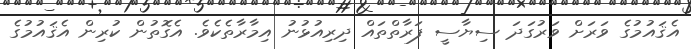
އެޤައުމުގެ ވަރަށް ވަރުގަދަ ސިޔާސީ ފަރާތްތައް ދިރިއުޅުނު އިމާރާތެކެވެ. އެގޮތުން ކުރިން އެޤައުމުގެ